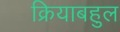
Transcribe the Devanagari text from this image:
क्रियाबहुल